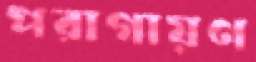
পরাগায়ণ